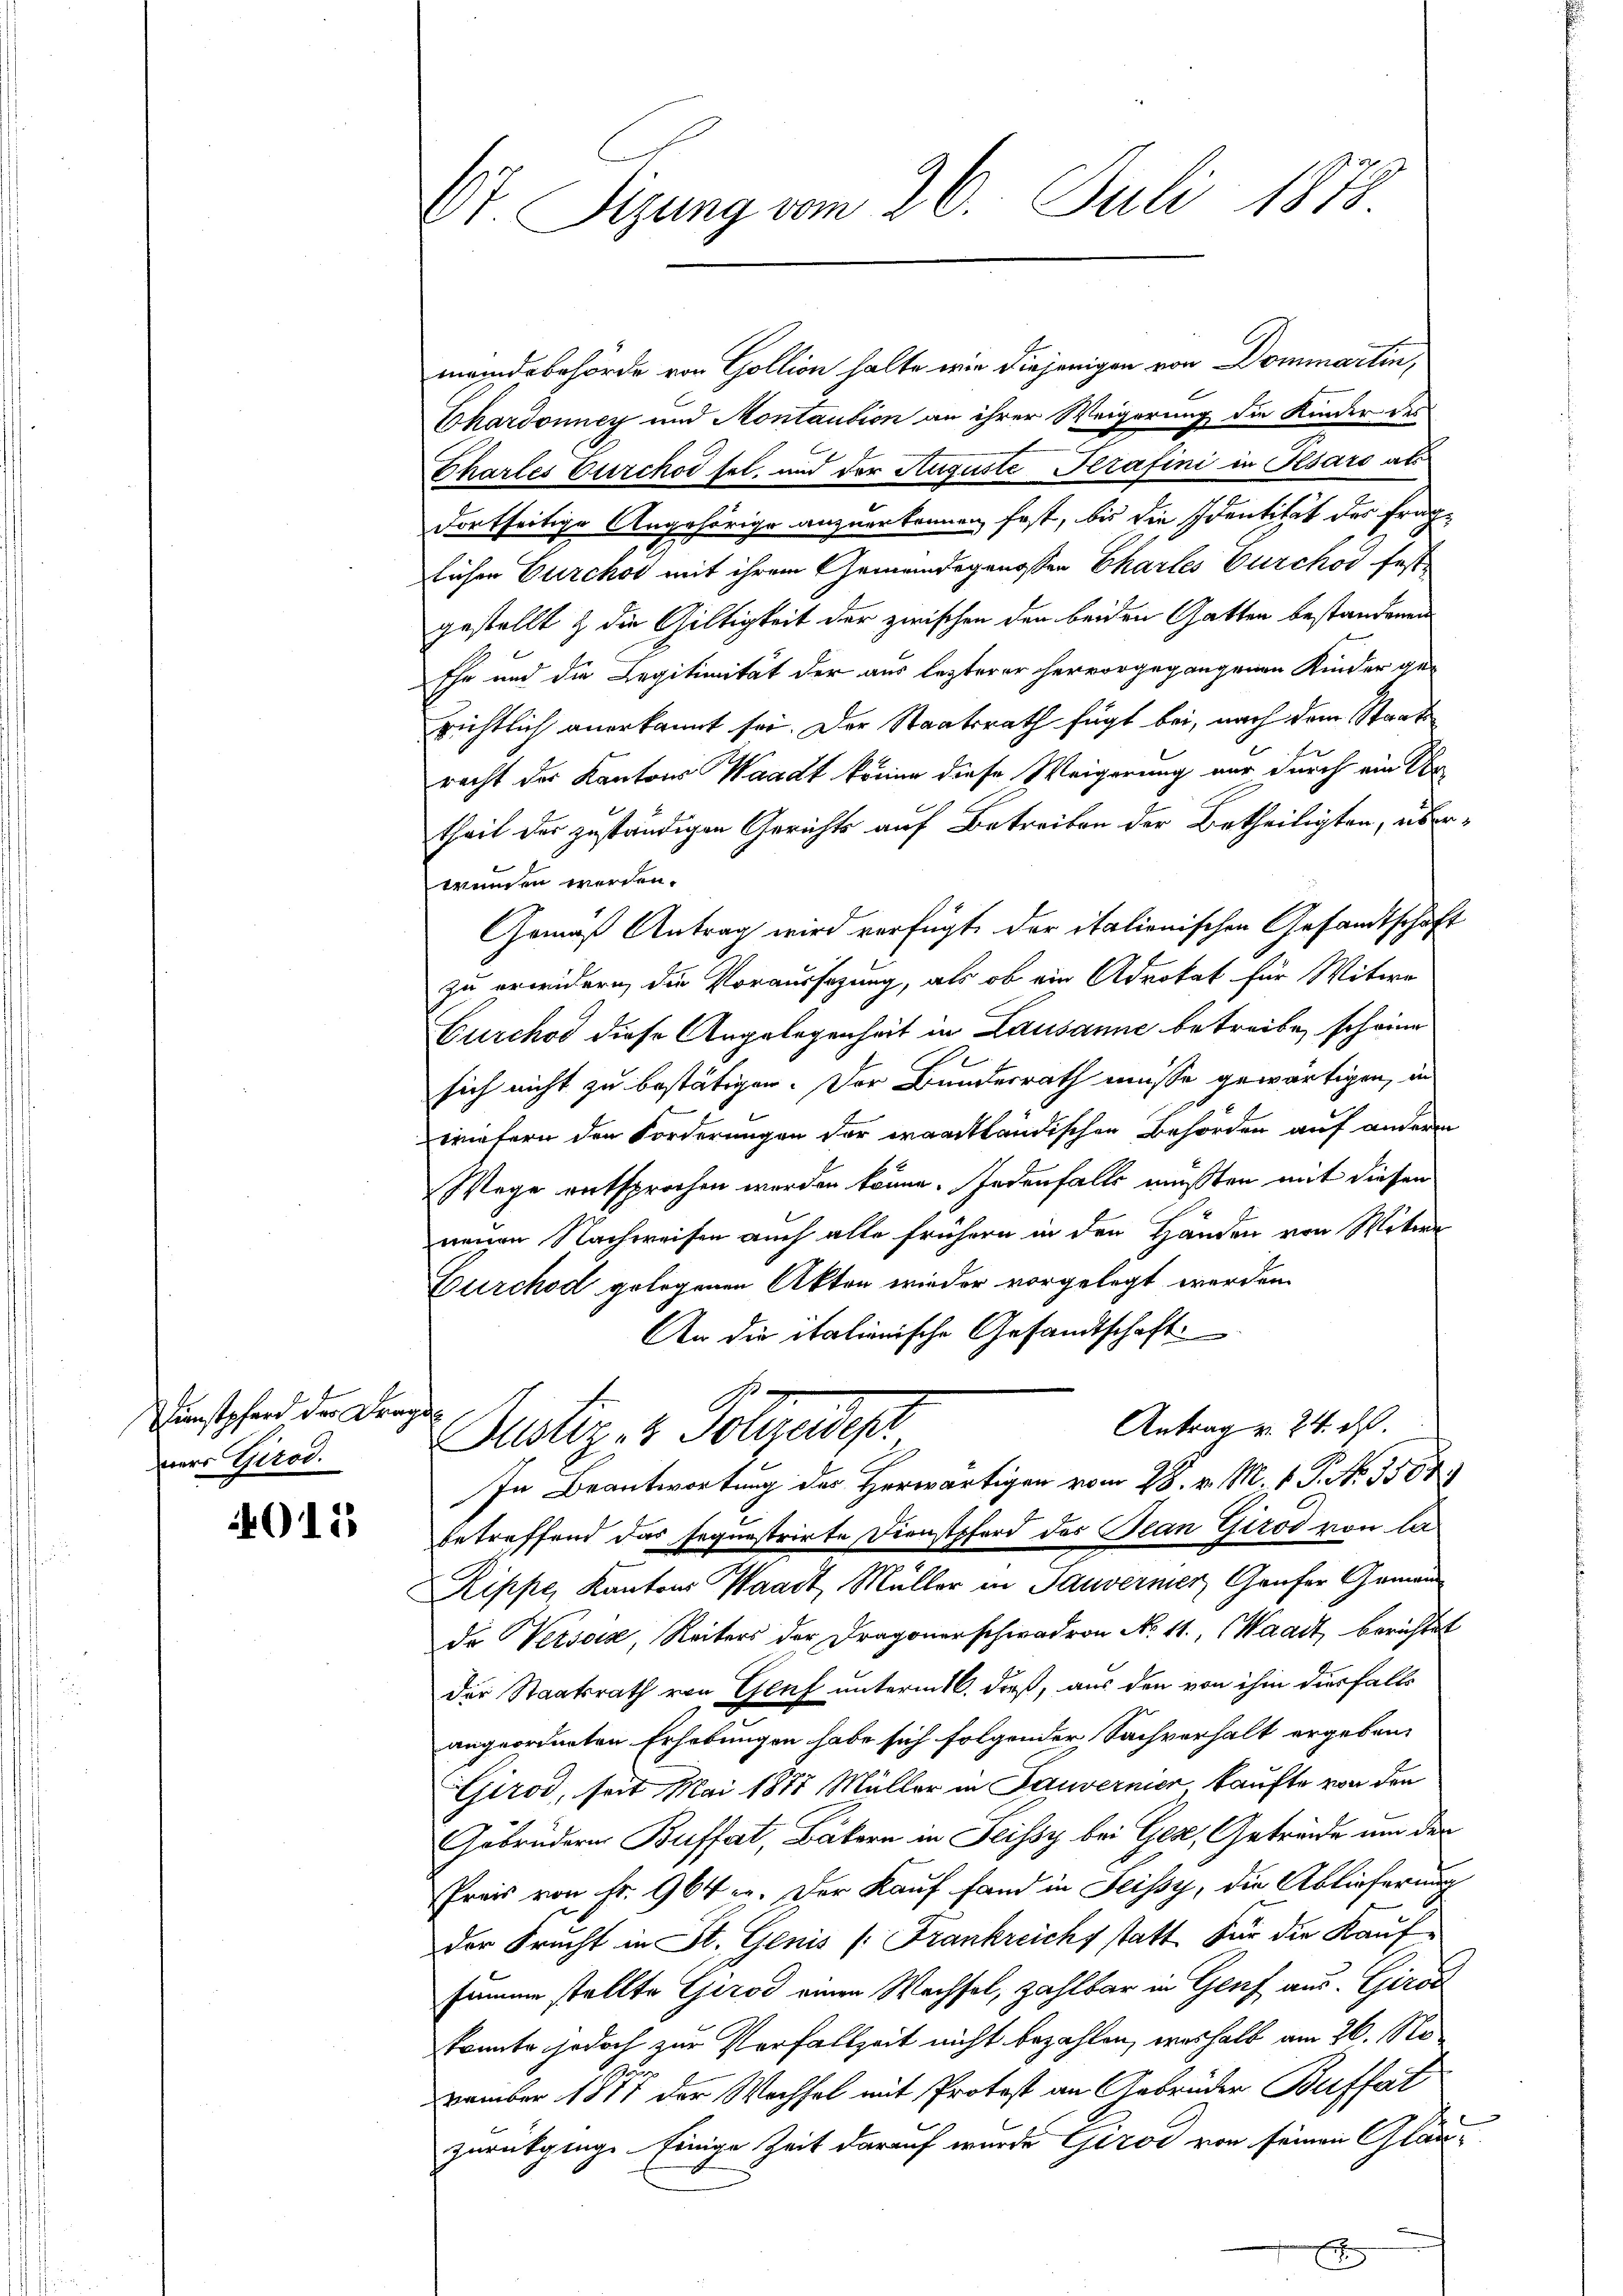
Dunstpferd der Frage
mers Girod.

9125

Ot. Sizung vom 26. Juli 1878.

meindebehörde von Gollion halte wir diejenigen von Dommartin,
Ehardonney und Montaution an ihrer Weigerung die Kinder des
Chartes Furchor sel. und der Auguste Perafini in Pisard als
dortseitige Angehörige anzuerkennen, fast, bis die Identität des fraglichen Durchor mit ihrem Gemeindsgenossen Chartes Burckod fast
gestellt & die Giltigkeit der zwischen den beiden Gatten bestandenen
Ehe und die Legitimität der aus lezterer hervorgegangenen Kinder ge-
richtlich anerkannt sei. Der Staatsrath fügt bei, nach dem Staatsracht der Kantons Waadt könne diese Weigerung nur durch ein Er
theil der zuständigen Gerichts auf Betreiben der Betheiligten, überwenden werden.
Gemäß Antrag wird verfügt der italienischen Gesandtschaft
zu erwidern, die Voraussagung, als ob ein Advokat für Witwe
Gurchod diese Angelegenheit in Lausanne betreibe, scheine
sich nicht zu bestätigen. Der Bundesrath müsse gewärtigen, und
wiefern den Forderungen der waadtländischen Behörden auf andere
Wege entsprochen werden könne. Jedenfalls müßten mit diesen
neuen Nachweisen auch alle frühern in den Händen von Witwe
Durchod gelegenen Akten wieder vorgelegt werden.
An die italienische Gesandtschaft
Antrag v. 24. ds
Justiz- & Polizeidep
In Beantwortung des Herwärtigen vom 28. v. M. v. P. No. 1507)
betreffend das sequestrirte Dienstpferd des Jean Girod von la
Rippe, Kantons Waadt, Müller in Sauverner Genfer Geman
de Versois, Reiters der Dragonerschwadron No. 11., Waadt, berichtet
der Staatsrath von Genf unterm 16. daß, aus den von ihm diesfalls
angeordneten Erhebungen habe sich folgender Sachverhalt ergeben:
Girod, seit Mai 1878 Müller in Sauvernier kaufte von den
Gebrüdern Buffert, Bäkern in Feissy bei Gex, Getreide um der
Preis von Fr. 964 er. Der Kauf fand in Seissy, die Ablieferung
der Frecht in St. Genis (Frankreichs statt. Für die Kaufsumme stellte Girod einen Wachsel, zahlbar in Genf aus. Giroc
kannte jedoch zur Verfallzeit nicht bezahlen, weshalb am 26. No
Zu
vember 1811 der Wechsel mit Protost an Gebrüder Buffart
zurückginge Einige Zeit darauf wurde Gerol von seinen Gläu¬